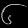
Digit: ၆